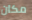
مكان